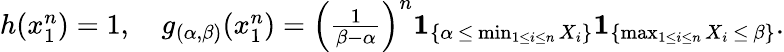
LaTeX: \begin{array}{r}{h(x_{1}^{n})=1,\quad g_{(\alpha,\beta)}(x_{1}^{n})=\left({\frac{1}{\beta-\alpha}}\right)^{n}\mathbf{1}_{\{ \alpha\, \leq\, \operatorname*{min}_{1\leq i\leq n}X_{i}\} }\mathbf{1}_{\{ \operatorname*{max}_{1\leq i\leq n}X_{i}\, \leq\, \beta\} }.}\end{array}